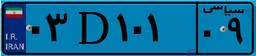
۰۳D۱۰۱۰۹